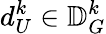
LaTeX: d_{U}^{k}\in\mathbb{D}_{G}^{k}